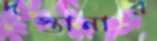
দস্তানার